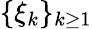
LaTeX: \{ \xi_{k}\} _{k\geq 1}